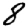
Digit: 8